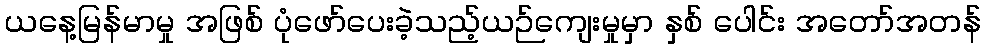
ယနေ့မြန်မာမှု အဖြစ် ပုံဖော်ပေးခဲ့သည့်ယဉ်ကျေးမှုမှာ နှစ် ပေါင်း အတော်အတန်